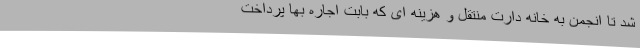
شد تا انجمن به خانه دارت منتقل و هزینه ای که بابت اجاره بها پرداخت